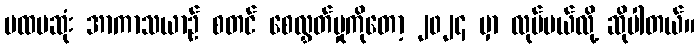
ပထမဆုံး အာကာသယာဉ် စတင် စေလွှတ်မှုကိုတော့ ၂၀၂၄ မှာ လုပ်မယ်လို့ ဆိုပါတယ်။